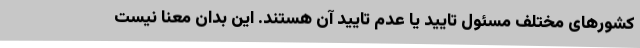
کشورهای مختلف مسئول تایید یا عدم تایید آن هستند. این بدان معنا نیست